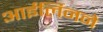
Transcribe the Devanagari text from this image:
आईर्लिनने